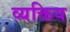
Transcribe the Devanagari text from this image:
व्यक्तिय